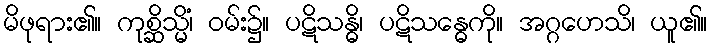
မိဖုရား၏။ ကုစ္ဆိသ္မိံ၊ ဝမ်း၌။ ပဋိသန္ဓိ၊ ပဋိသန္ဓေကို။ အဂ္ဂဟေသိ၊ ယူ၏။